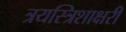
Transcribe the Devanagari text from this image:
त्रयस्त्रिशाक्षरी